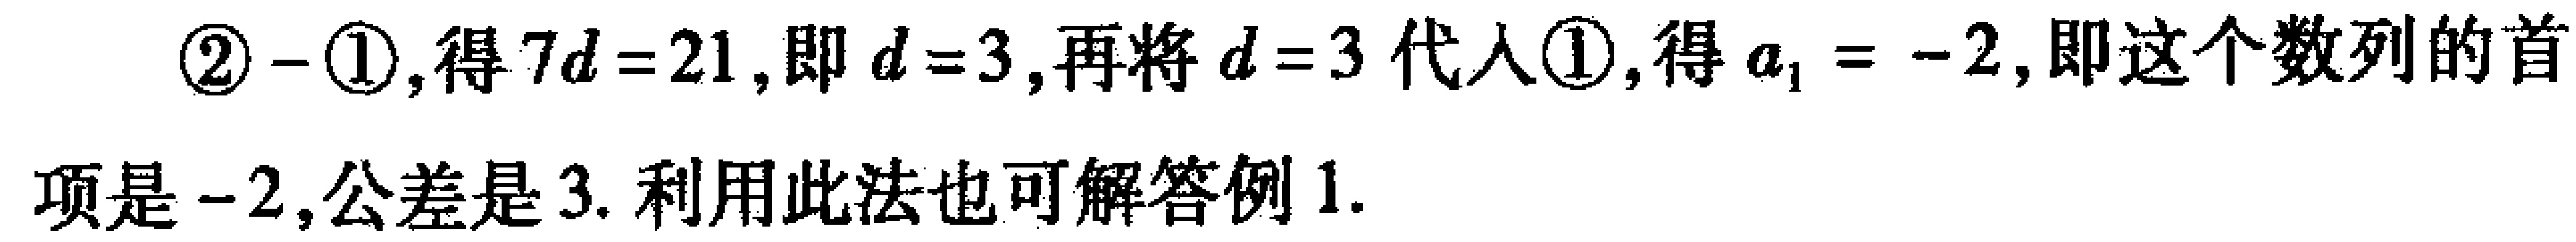
\textcircled{2} - \textcircled{1}, 得 \(7d = 21\), 即 \(d = 3\), 再将 \(d = 3\) 代入\textcircled{1}, 得 \(a_{1} = - 2\), 即这个数列的首项是 \(-2\),公差是 \(3\). 利用此法也可解答例1.